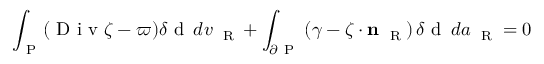
\int _ { \mathrm { ~ P ~ } } ( \mathrm { ~ D ~ i ~ v ~ } \boldsymbol { \zeta } - \varpi ) \delta \mathrm { ~ d ~ } \, d v _ { \mathrm { ~ \tiny ~ R ~ } } + \int _ { \partial \mathrm { ~ P ~ } } \left( \gamma - \boldsymbol { \zeta } \cdot { \bf n } _ { \mathrm { ~ \tiny ~ R ~ } } \right) \delta \mathrm { ~ d ~ } \, d a _ { \mathrm { ~ \tiny ~ R ~ } } = 0